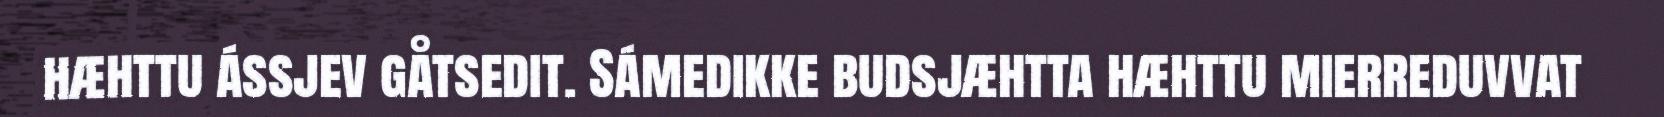
hæhttu ássjev gåtsedit. Sámedikke budsjæhtta hæhttu mierreduvvat